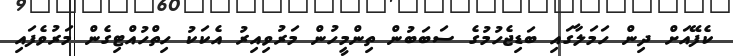
ކެފޭއަށް ދިން ހަމަލާގައި ބަޑިޖެހުމުގެ ސަބަބުން ތިންމީހުން މަރުވިއިރު އެކަކު ހިތްހުއްޓިގެން މަރުވެފައި